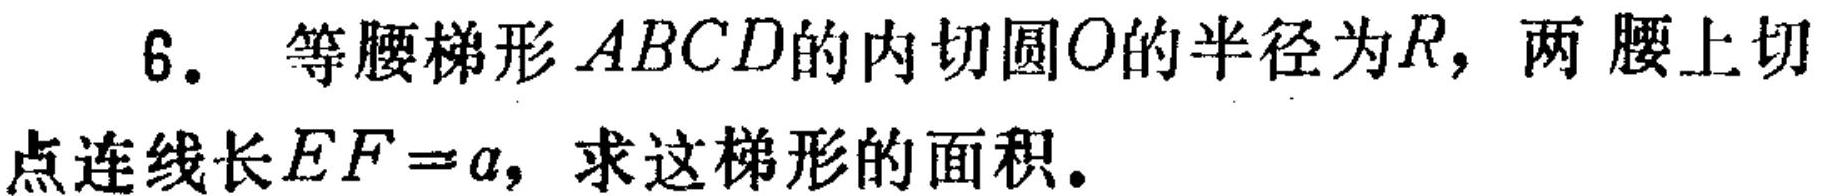
6. 等腰梯形 \(ABCD\)的内切圆\(O\)的半径为\(R\)，两腰上切点连线长\(EF = a\)，求这梯形的面积。